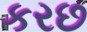
કરછ